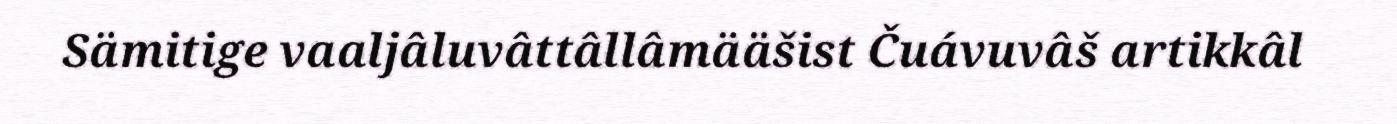
Sämitige vaaljâluvâttâllâmääšist Čuávuvâš artikkâl